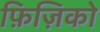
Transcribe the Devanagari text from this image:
फ़िज़िको